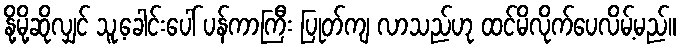
နို့မို့ဆိုလျှင် သူ့ခေါင်းပေါ် ပန်ကာကြီး ပြုတ်ကျ လာသည်ဟု ထင်မိလိုက်ပေလိမ့်မည်။